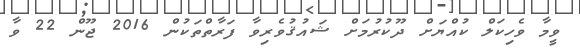
ވީމާ ވެހިކަލް ކުއްޔަށް ދޫކުރުމަށް ޝައުޤުވެރިވާ ފަރާތްތަކުން 2016 ޖޫން 22 ވާ